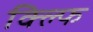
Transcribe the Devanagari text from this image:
क्ल्फि